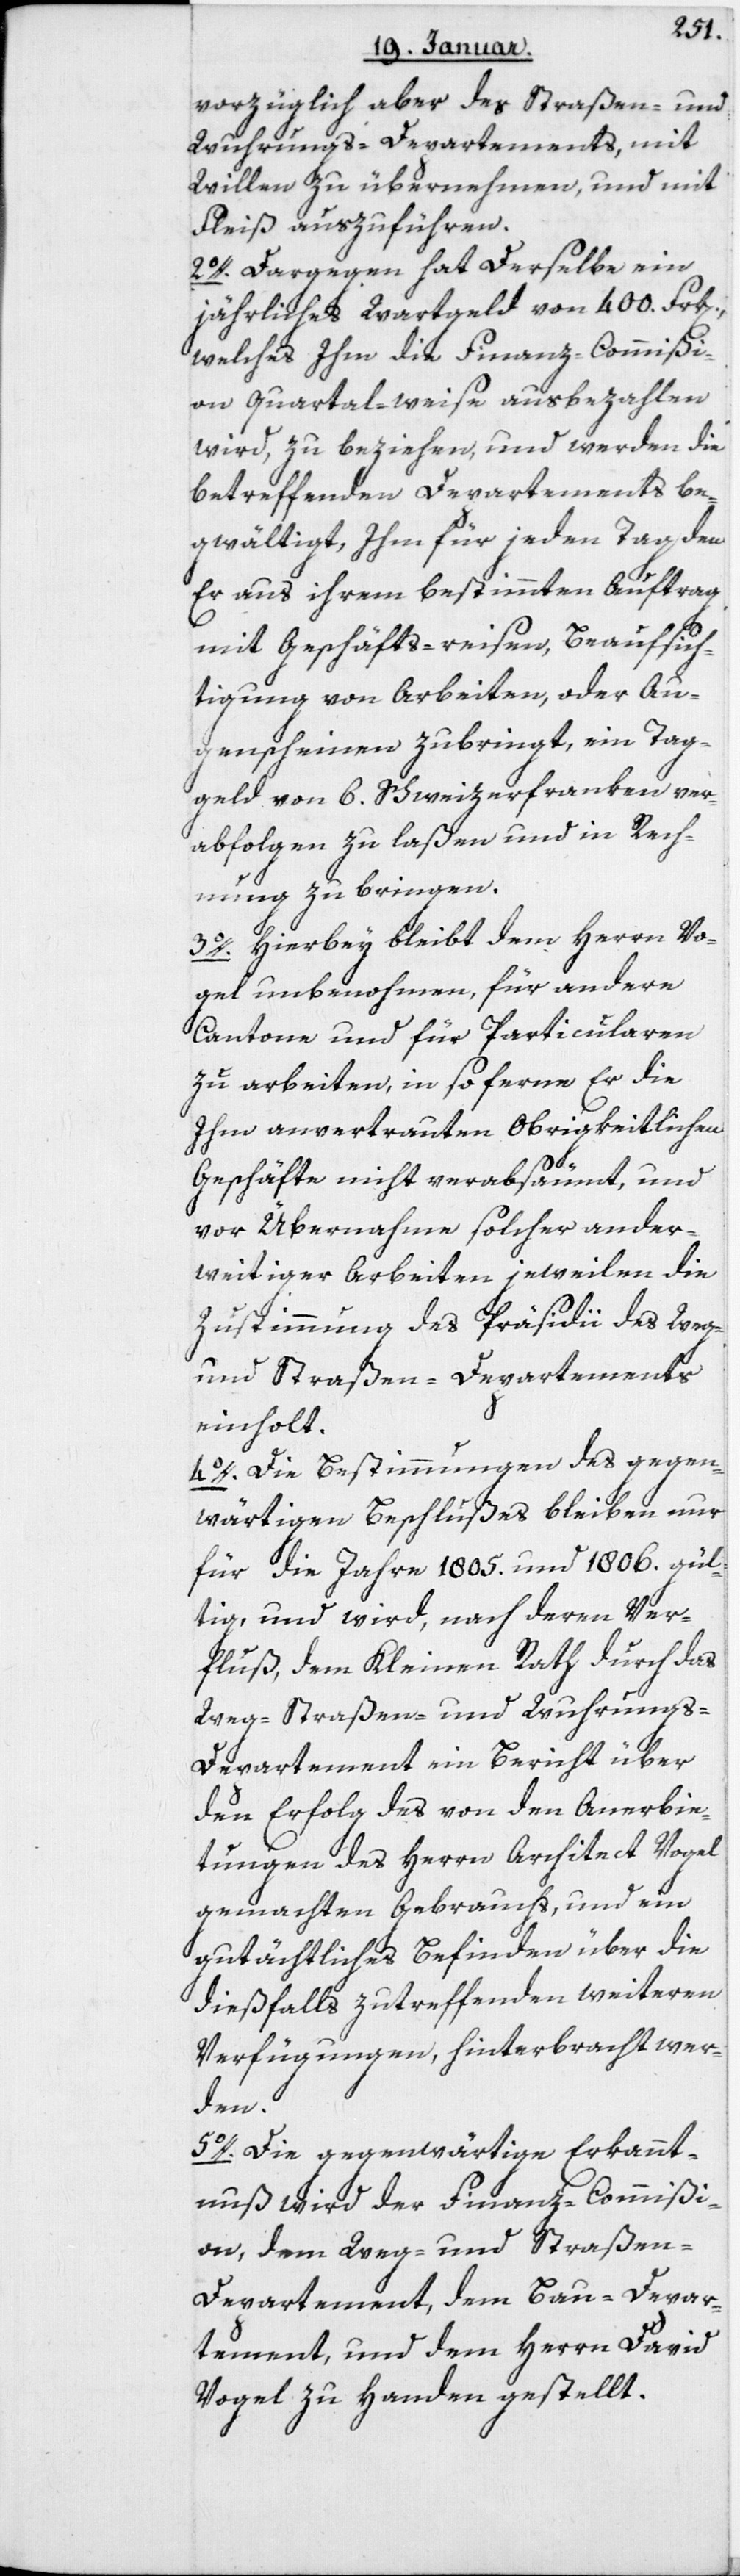
vorzüglich aber des Straßen- und
Wuhrungs-Departements, mit
Willen zu übernehmen, und mit
Fleiß auszuführen.
2. Dargegen hat derselbe ein
jährliches Wartgeld von 400 Frk[en],
welches Ihm die Finanz-Commißi¬
on quartalweise ausbezahlen
wird, zu beziehen, und werden die
betreffenden Departements be¬
gwältigt, ihm für jeden Tag, den
er aus ihrem bestimmten Auftrag
mit Geschäfts-reisen, Beaufsich¬
tigung von Arbeiten, oder Au¬
genscheinen zubringt, ein Tag¬
geld von 6 Schweizerfranken ver¬
abfolgen zu laßen und in Rech¬
nung zu bringen.
3. Hierbey bleibt dem Herrn Vo¬
gel unbenommen, für andere
Cantone und für Particularen
zu Arbeiten, in so ferne Er die
Ihm anvertrauten obrigkeitlichen
Geschäfte nicht verabsäumt, und
von Übernahme solcher ander¬
weitiger Arbeiten jeweilen die
Zustimmung des Präsidii des Weg-
und Straßen-Departements
einholt.
4. Die Bestimmungen des gegen¬
wärtigen Beschlußes bleiben nur
für die Jahre 1805 und 1806 gül¬
tig, und wird, nach deren Ver¬
fluß, dem Kleinen Rath durch das
Weg-, Straßen- und Wuhrung¬
s-Departement ein Bericht über
den Erfolg des von den Anerbie¬
tungen des Herrn Architect Vogel
gemachten Gebrauchs, und ein
gutächtliches Befinden über die
dießfalls zutreffenden weiteren
Verfügungen, hinterbracht wer¬
den.
5. Die gegenwärtige Erkannt¬
nuß wird der Finanz-Commißi¬
on, dem Weg- und Straße¬
n-Departement, dem Bau-Depar¬
tement, und dem Herrn David
Vogel zu Handen gestellt.